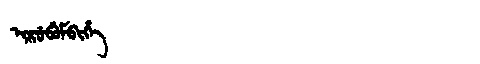
Manchu: ᡳᡵᡠᠪᡠᠮᠪᡳᡥᡝ
Romanization: IRUBUMBIHE